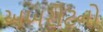
અખરોટનો